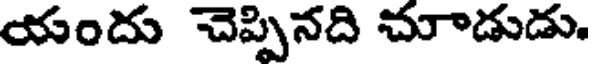
యందు చెప్పినది చూాడుడు.